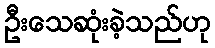
ဦးသေဆုံးခဲ့သည်ဟု